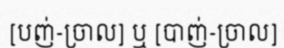
[បញ់-ច្រាល] ឬ [បាញ់-ច្រាល]